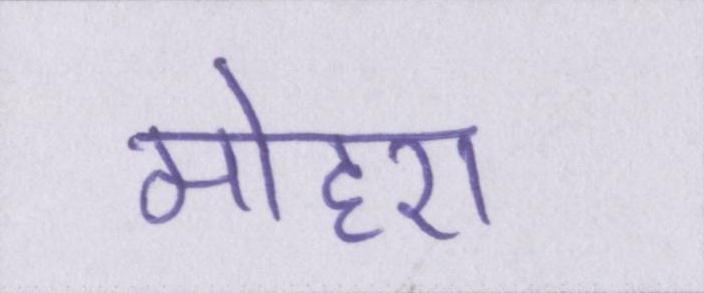
मोहरा